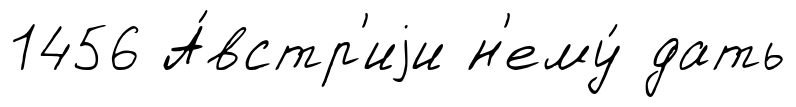
1456 А́встр'иjи н'ему́ дать